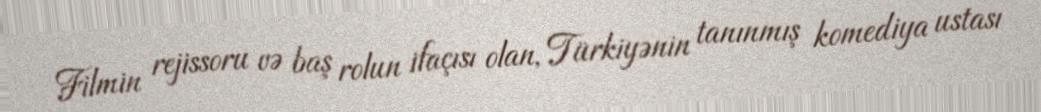
Filmin rejissoru və baş rolun ifaçısı olan, Türkiyənin tanınmış komediya ustası